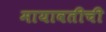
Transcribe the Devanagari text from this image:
मायावतीची